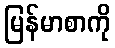
မြန်မာစာကို